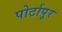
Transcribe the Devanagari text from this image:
पोर्टापूर